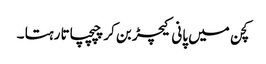
کچن میں پانی کیچڑ بن کر چپچپاتا رہتا ۔